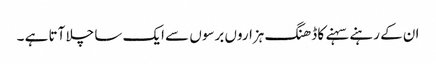
ان کے رہنے سہنے کا ڈھنگ ہزاروں برسوں سے ایک سا چلا آتا ہے ۔